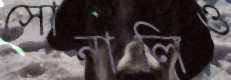
সোনালিও